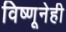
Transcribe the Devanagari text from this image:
विष्णूनेही